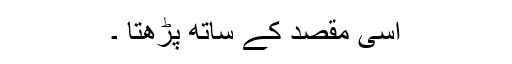
اسی مقصد کے ساتھ پڑھتا ۔